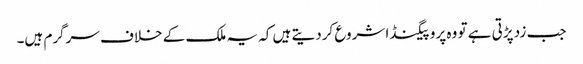
جب زد پڑتی ہے تو وہ پروپیگنڈا شروع کردیتے ہیں کہ یہ ملک کے خلاف سرگرم ہیں۔